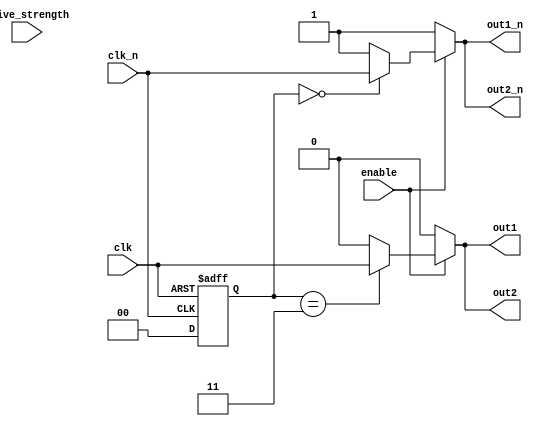
module differential_clock_buffer (
    input wire clk,          // Differential clock input
    input wire clk_n,        // Inverted differential clock input
    output wire out1,        // Differential output 1
    output wire out1_n,      // Inverted differential output 1
    output wire out2,        // Differential output 2
    output wire out2_n,      // Inverted differential output 2
    // Additional outputs can be added as needed
    input wire enable,       // Enable signal for power management
    input wire [1:0] drive_strength // Drive strength configuration
);

// Internal signals
wire clk_buf, clk_n_buf;

// Input Stage with Hysteresis
reg [1:0] hysteresis_reg;
always @(posedge clk or negedge clk_n) begin
    if (clk) begin
        hysteresis_reg <= 2'b11; // High state
    end else if (~clk_n) begin
        hysteresis_reg <= 2'b00; // Low state
    end
end

// Buffer Stage
assign clk_buf = (hysteresis_reg == 2'b11) ? clk : 1'b0;
assign clk_n_buf = (hysteresis_reg == 2'b00) ? clk_n : 1'b1;

// Output Stage
generate
    genvar i;
    for (i = 1; i <= 2; i = i + 1) begin : output_gen
        assign out1 = (enable) ? clk_buf : 1'b0;  // Output 1
        assign out1_n = (enable) ? clk_n_buf : 1'b1; // Inverted Output 1
        assign out2 = (enable) ? clk_buf : 1'b0;  // Output 2
        assign out2_n = (enable) ? clk_n_buf : 1'b1; // Inverted Output 2
    end
endgenerate

// Drive Strength Control (Placeholder for actual drive strength implementation)
always @(*) begin
    case (drive_strength)
        2'b00: begin
            // Low drive strength configuration
        end
        2'b01: begin
            // Medium drive strength configuration
        end
        2'b10: begin
            // High drive strength configuration
        end
        default: begin
            // Default configuration
        end
    endcase
end

endmodule